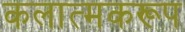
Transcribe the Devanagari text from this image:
कलात्मकरूप